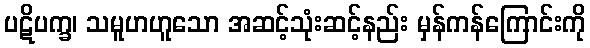
ပဋိပက္ခ၊ သမူဟဟူသော အဆင့်သုံးဆင့်နည်း မှန်ကန်ကြောင်းကို